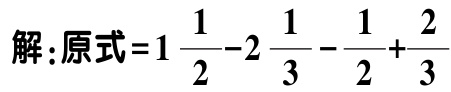
解：原式\(=1\frac{1}{2}-2\frac{1}{3}-\frac{1}{2}+\frac{2}{3}\)